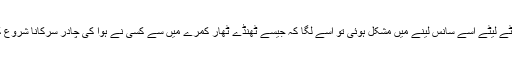
بستر پر لیٹے لیٹے اسے سانس لینے میں مشکل ہوئی تو اسے لگا کہ جیسے ٹھنڈے ٹھار کمرے میں سے کسی نے ہوا کی چادر سرکانا شروع کر دی ہو۔